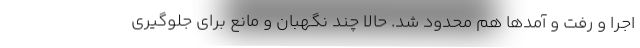
اجرا و رفت و آمدها هم محدود شد. حالا چند نگهبان و مانع برای جلوگیری